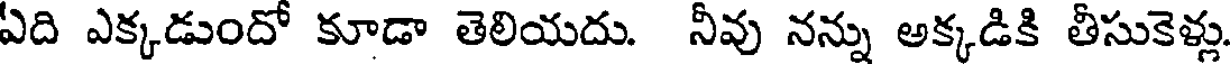
ఏది ఎక్కడుందో కూడా తెలియదు. నీవు నన్ను అక్కడికి తీసుకెళ్లు